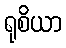
ရုစိယာ